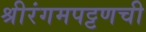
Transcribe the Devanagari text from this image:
श्रीरंगमपट्टणची